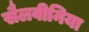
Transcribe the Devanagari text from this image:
सैलवीनिया